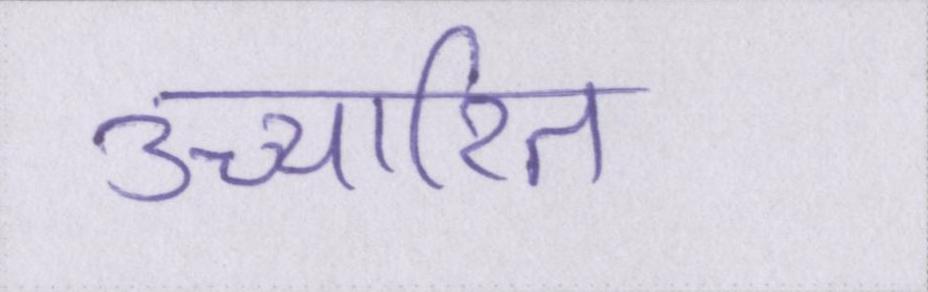
उच्चारित